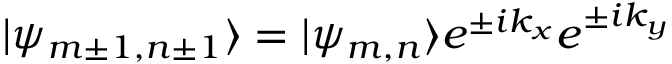
| \psi _ { m \pm 1 , n \pm 1 } \rangle = | \psi _ { m , n } \rangle e ^ { \pm i k _ { x } } e ^ { \pm i k _ { y } }